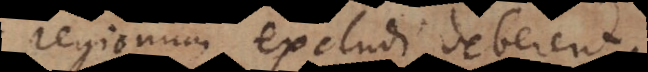
regionum excludi deberent.